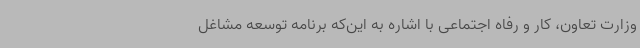
وزارت تعاون، کار و رفاه اجتماعی با اشاره به این‌که برنامه توسعه مشاغل